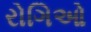
રોગિઓ